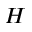
H